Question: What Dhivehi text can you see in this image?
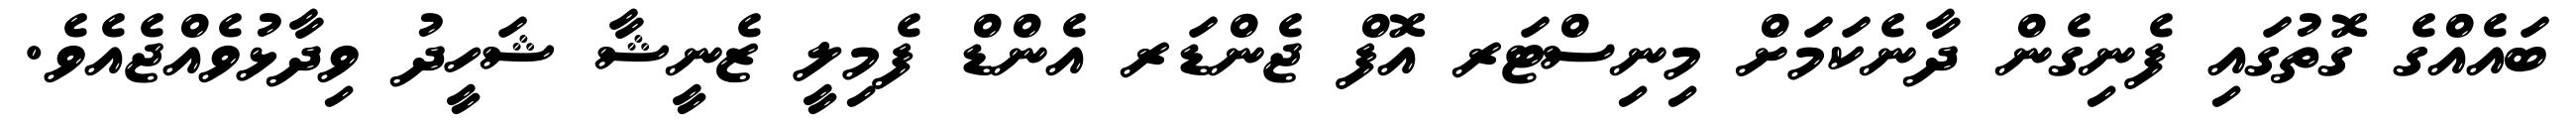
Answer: ބައެއްގެ ގޮތުގައި ފެނިގެން ދާނެކަމަށް މިނިސްޓަރ އޮފް ޖެންޑަރ އެންޑް ފެމިލީ ޒެނީޝާ ޝަހީދު ވިދާޅުވެއްޖެއެވެ.